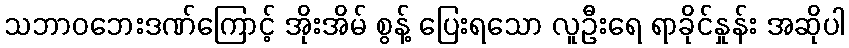
သဘာဝဘေးဒဏ်ကြောင့် အိုးအိမ် စွန့် ပြေးရသော လူဦးရေ ရာခိုင်နှုန်း အဆိုပါ